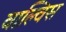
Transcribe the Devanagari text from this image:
वाल्विस